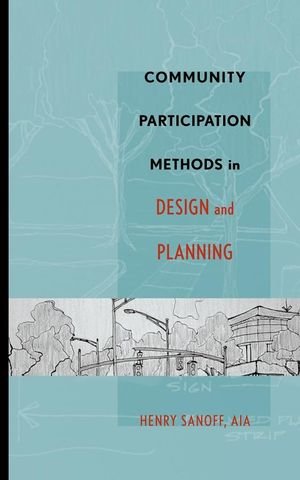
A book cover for Community Participation Methods in Design and Planning; Henry Sanoff; Politics & Social Sciences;